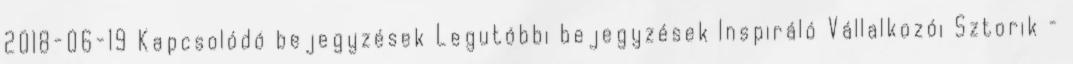
2018-06-19 Kapcsolódó bejegyzések Legutóbbi bejegyzések Inspiráló Vállalkozói Sztorik –